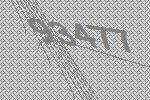
93477